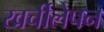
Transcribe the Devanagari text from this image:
खर्चीलेपन